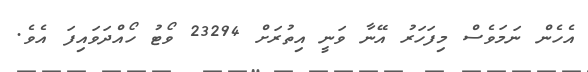
އެހެން ނަމަވެސް މިފަހަރު އޭނާ ވަނީ އިތުރަށް 23294 ވޯޓު ހޯއްދަވައިފަ އެވެ.